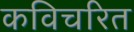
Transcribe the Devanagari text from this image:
कविचरित